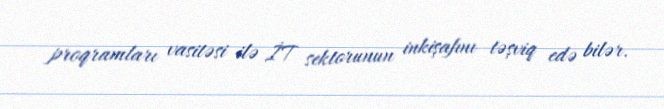
proqramları vasitəsi ilə İT sektorunun inkişafını təşviq edə bilər.